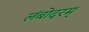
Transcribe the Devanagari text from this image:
लंबोदरम्